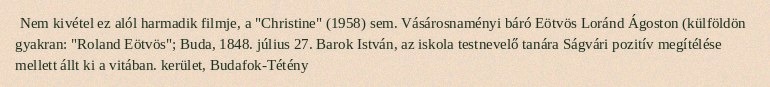
Nem kivétel ez alól harmadik filmje, a "Christine" (1958) sem. Vásárosnaményi báró Eötvös Loránd Ágoston (külföldön gyakran: "Roland Eötvös"; Buda, 1848. július 27. Barok István, az iskola testnevelő tanára Ságvári pozitív megítélése mellett állt ki a vitában. kerület, Budafok-Tétény